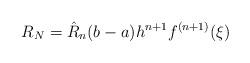
LaTeX: \begin{align*}R_N = \hat{R}_n(b-a)h^{n+1}f^{(n+1)}(\xi)\end{align*}